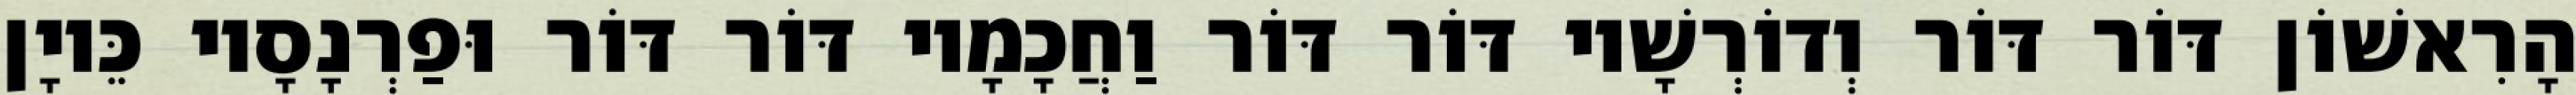
הָרִאשׁוֹן דּוֹר דּוֹר וְדוֹרְשָׁיו דּוֹר דּוֹר וַחֲכָמָיו דּוֹר דּוֹר וּפַרְנָסָיו כֵּיוָן